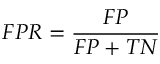
F P R = \frac { F P } { F P + T N }